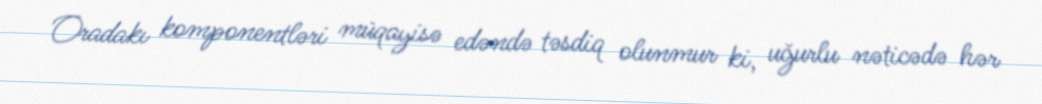
Oradakı komponentləri müqayisə edəndə təsdiq olunmur ki, uğurlu nəticədə hər